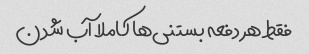
فقط هر دفعه بستنی‌ها کاملا آب شدن